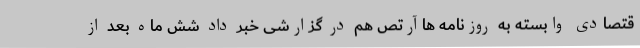
قتصادی وابسته به روزنامه هاآرتص هم در گزارشی خبر داد شش ماه بعد از